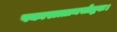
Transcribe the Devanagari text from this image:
षकारात्तामसोद्भवः।